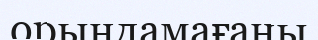
орындамағаны